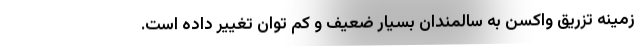
زمینه تزریق واکسن به سالمندان بسیار ضعیف و کم توان تغییر داده است.